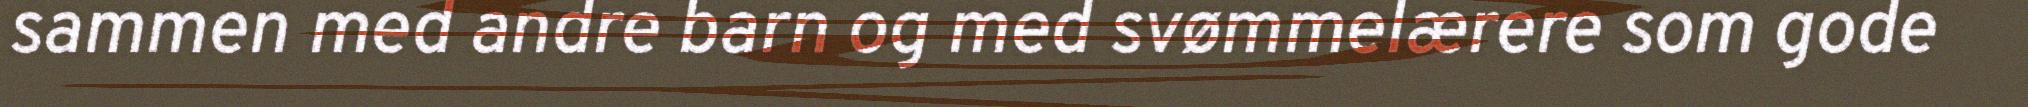
sammen med andre barn og med svømmelærere som gode